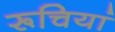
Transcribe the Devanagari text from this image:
रूचियां